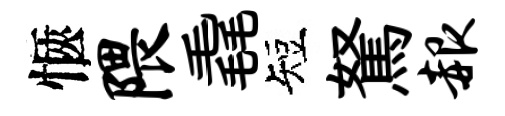
愜隈毳短駑赧